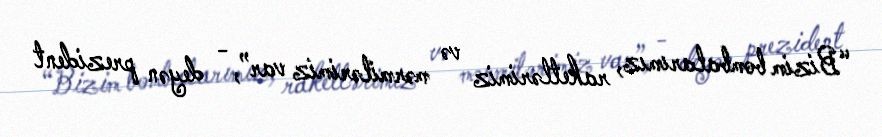
“Bizim bombalarımız, raketlərimiz və mərmilərimiz var”, - deyən prezident